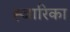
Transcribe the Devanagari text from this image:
ह्जारिका